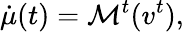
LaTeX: \dot{\mu}(t)={\mathcal M}^{t}(v^{t}),